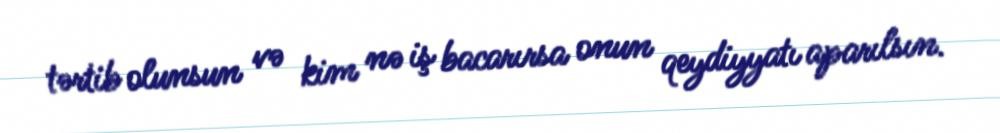
tərtib olunsun və kim nə iş bacarırsa onun qeydiyyatı aparılsın.